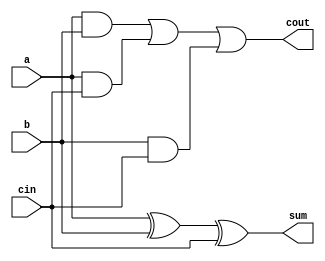
module FullAdder2(a,b,cin,cout, sum);
input a,b,cin;
output sum, cout;

assign sum = a ^ b ^ cin;
assign cout = (a & b) | (a & cin) | (b & cin);

endmodule